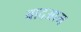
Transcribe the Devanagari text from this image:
बादआम